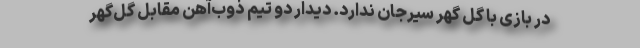
در بازی با گل گهر سیرجان ندارد. دیدار دو تیم ذوب‌آهن مقابل گل‌گهر